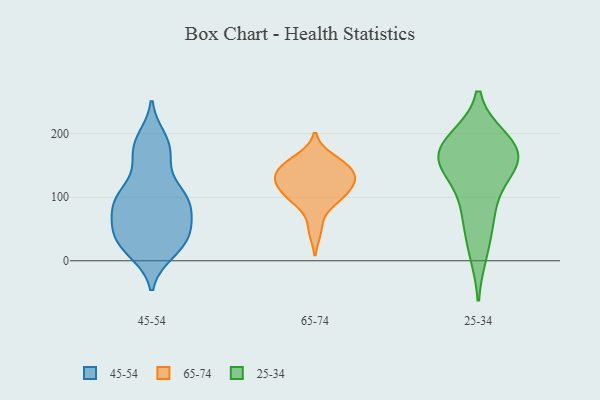
{"axis": {"x": "Headcount", "y": "Value"}, "legend": ["25-34", "45-54", "65-74"], "data": [{"x": "", "y": 14, "type": "45-54"}, {"x": "", "y": 68, "type": "45-54"}, {"x": "", "y": 108, "type": "45-54"}, {"x": "", "y": 169, "type": "45-54"}, {"x": "", "y": 88, "type": "45-54"}, {"x": "", "y": 87, "type": "45-54"}, {"x": "", "y": 108, "type": "45-54"}, {"x": "", "y": 43, "type": "45-54"}, {"x": "", "y": 90, "type": "45-54"}, {"x": "", "y": 105, "type": "45-54"}, {"x": "", "y": 29, "type": "45-54"}, {"x": "", "y": 37, "type": "45-54"}, {"x": "", "y": 57, "type": "45-54"}, {"x": "", "y": 156, "type": "45-54"}, {"x": "", "y": 12, "type": "45-54"}, {"x": "", "y": 42, "type": "45-54"}, {"x": "", "y": 193, "type": "45-54"}, {"x": "", "y": 184, "type": "45-54"}, {"x": "", "y": 49, "type": "65-74"}, {"x": "", "y": 129, "type": "65-74"}, {"x": "", "y": 161, "type": "65-74"}, {"x": "", "y": 121, "type": "65-74"}, {"x": "", "y": 97, "type": "65-74"}, {"x": "", "y": 148, "type": "65-74"}, {"x": "", "y": 125, "type": "65-74"}, {"x": "", "y": 100, "type": "65-74"}, {"x": "", "y": 127, "type": "65-74"}, {"x": "", "y": 97, "type": "65-74"}, {"x": "", "y": 152, "type": "65-74"}, {"x": "", "y": 143, "type": "65-74"}, {"x": "", "y": 87, "type": "25-34"}, {"x": "", "y": 15, "type": "25-34"}, {"x": "", "y": 167, "type": "25-34"}, {"x": "", "y": 65, "type": "25-34"}, {"x": "", "y": 189, "type": "25-34"}, {"x": "", "y": 185, "type": "25-34"}, {"x": "", "y": 146, "type": "25-34"}, {"x": "", "y": 161, "type": "25-34"}, {"x": "", "y": 170, "type": "25-34"}, {"x": "", "y": 147, "type": "25-34"}]}